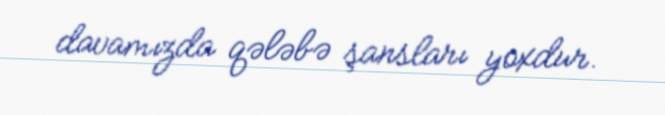
davamızda qələbə şansları yoxdur.